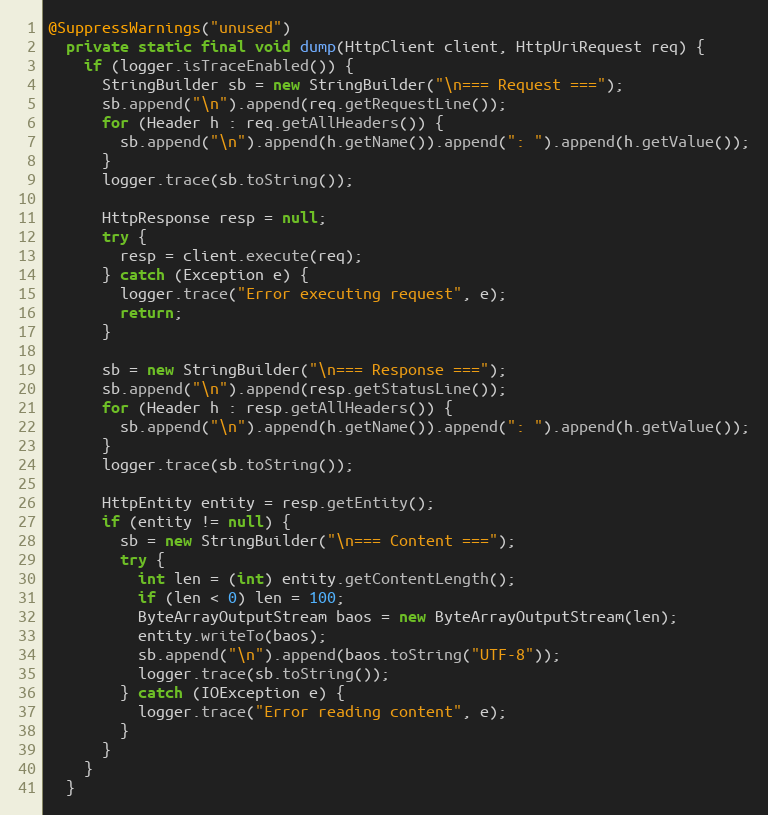
Language: Java
@SuppressWarnings("unused")
  private static final void dump(HttpClient client, HttpUriRequest req) {
    if (logger.isTraceEnabled()) {
      StringBuilder sb = new StringBuilder("\n=== Request ===");
      sb.append("\n").append(req.getRequestLine());
      for (Header h : req.getAllHeaders()) {
        sb.append("\n").append(h.getName()).append(": ").append(h.getValue());
      }
      logger.trace(sb.toString());

      HttpResponse resp = null;
      try {
        resp = client.execute(req);
      } catch (Exception e) {
        logger.trace("Error executing request", e);
        return;
      }

      sb = new StringBuilder("\n=== Response ===");
      sb.append("\n").append(resp.getStatusLine());
      for (Header h : resp.getAllHeaders()) {
        sb.append("\n").append(h.getName()).append(": ").append(h.getValue());
      }
      logger.trace(sb.toString());

      HttpEntity entity = resp.getEntity();
      if (entity != null) {
        sb = new StringBuilder("\n=== Content ===");
        try {
          int len = (int) entity.getContentLength();
          if (len < 0) len = 100;
          ByteArrayOutputStream baos = new ByteArrayOutputStream(len);
          entity.writeTo(baos);
          sb.append("\n").append(baos.toString("UTF-8"));
          logger.trace(sb.toString());
        } catch (IOException e) {
          logger.trace("Error reading content", e);
        }
      }
    }
  }